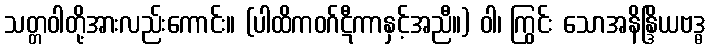
သတ္တဝါတို့အားလည်းကောင်း။ (ပါထိကဝဂ်ဋီကာနှင့်အညီ။) ဝါ၊ ကြွင်း သောအနိန္ဒြိယဗဒ္ဓ